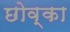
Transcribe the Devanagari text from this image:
छोव्का